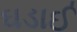
ઘડાઈ